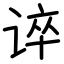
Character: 谇